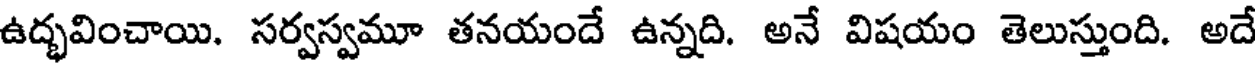
ఉద్భవించాయి. సర్వస్వమూ తనయందే ఉన్నది. అనే విషయం తెలుస్తుంది. అదే